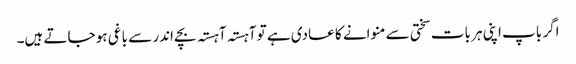
اگر باپ اپنی ہر بات سختی سے منوانے کا عادی ہے تو آہستہ آہستہ بچے اندر سے باغی ہو جاتے ہیں۔